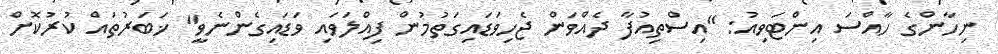
ނިހާންގެ ހާއްސަ އިންޓަވިއު: "އިސްތިއުފާ ދެއްވަން ޖެހިވަޑައިގަތުމުން ފިއްލަވައި ވަޑައިގެންނެވީ" ޚަބަރުތައް ކުރުކޮށް